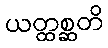
ယတ္ထစ္ဆတိ